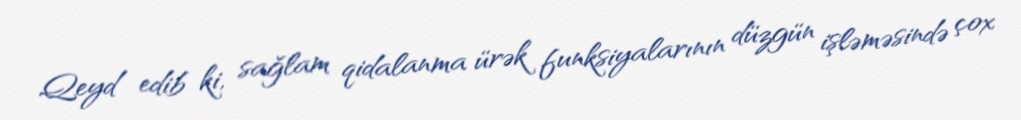
Qeyd edib ki, sağlam qidalanma ürək funksiyalarının düzgün işləməsində çox